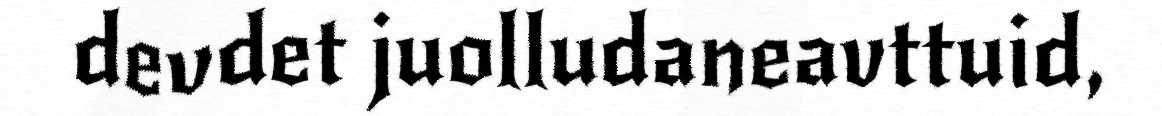
devdet juolludaneavttuid,